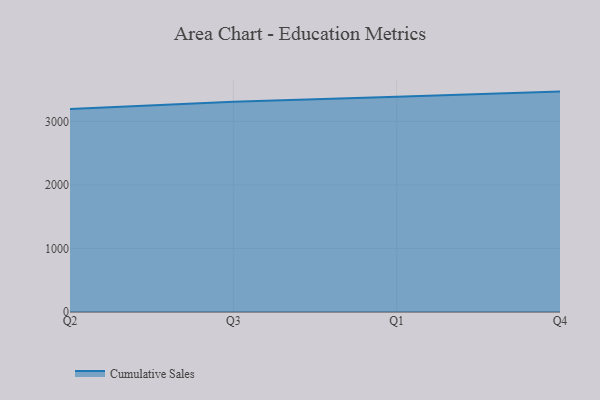
{"axis": {"x": "Quarter", "y": "Customer Acquisition Cost (USD)"}, "legend": ["Cumulative Sales"], "data": [{"x": "Q2", "y": 3195.2, "type": "Cumulative Sales"}, {"x": "Q3", "y": 3311.1, "type": "Cumulative Sales"}, {"x": "Q1", "y": 3388.7, "type": "Cumulative Sales"}, {"x": "Q4", "y": 3469.8, "type": "Cumulative Sales"}]}